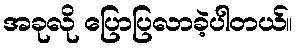
အခုလို ပြောပြလာခဲ့ပါတယ်။